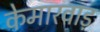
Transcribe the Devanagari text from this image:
केमारवाड़